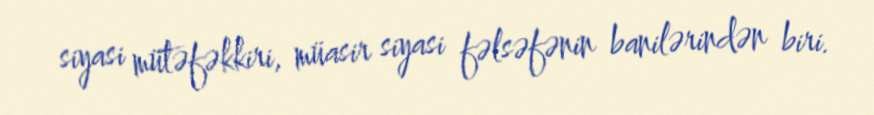
siyasi mütəfəkkiri, müasir siyasi fəlsəfənin banilərindən biri.